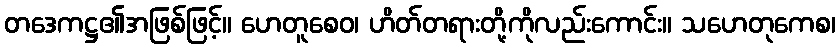
တဒေကဋ္ဌ၏အဖြစ်ဖြင့်။ ဟေတူစေဝ၊ ဟိတ်တရားတို့ကိုလည်းကောင်း။ သဟေတုကေစ၊